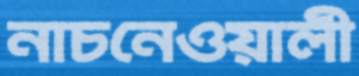
নাচনেওয়ালী